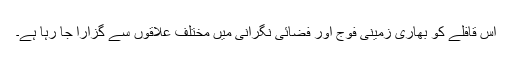
اس قافلے کو بھاری زمینی فوج اور فضائی نگرانی میں مختلف علاقوں سے گزارا جا رہا ہے۔